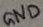
Text: GND